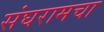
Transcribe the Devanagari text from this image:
संघरामचा